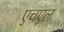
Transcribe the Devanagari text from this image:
एचएल